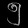
Digit: ၅